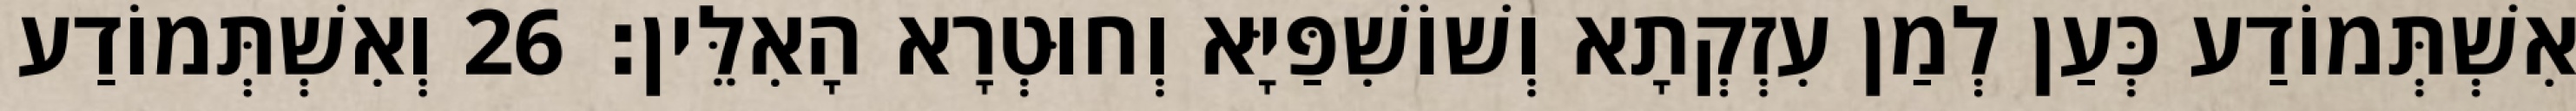
אִשְׁתְּמוֹדַע כְּעַן לְמַן עִזְקְתָא וְשׁוֹשִׁפַּיָּא וְחוּטְרָא הָאִלֵּין׃ 26 וְאִשְׁתְּמוֹדַע